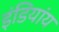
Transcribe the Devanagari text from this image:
इंडियांय